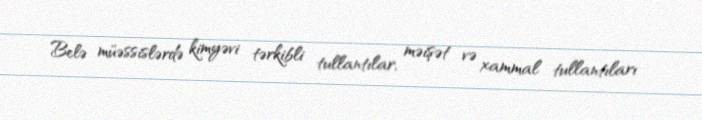
Belə müəssislərdə kimyəvi tərkibli tullantılar, məişət və xammal tullantıları